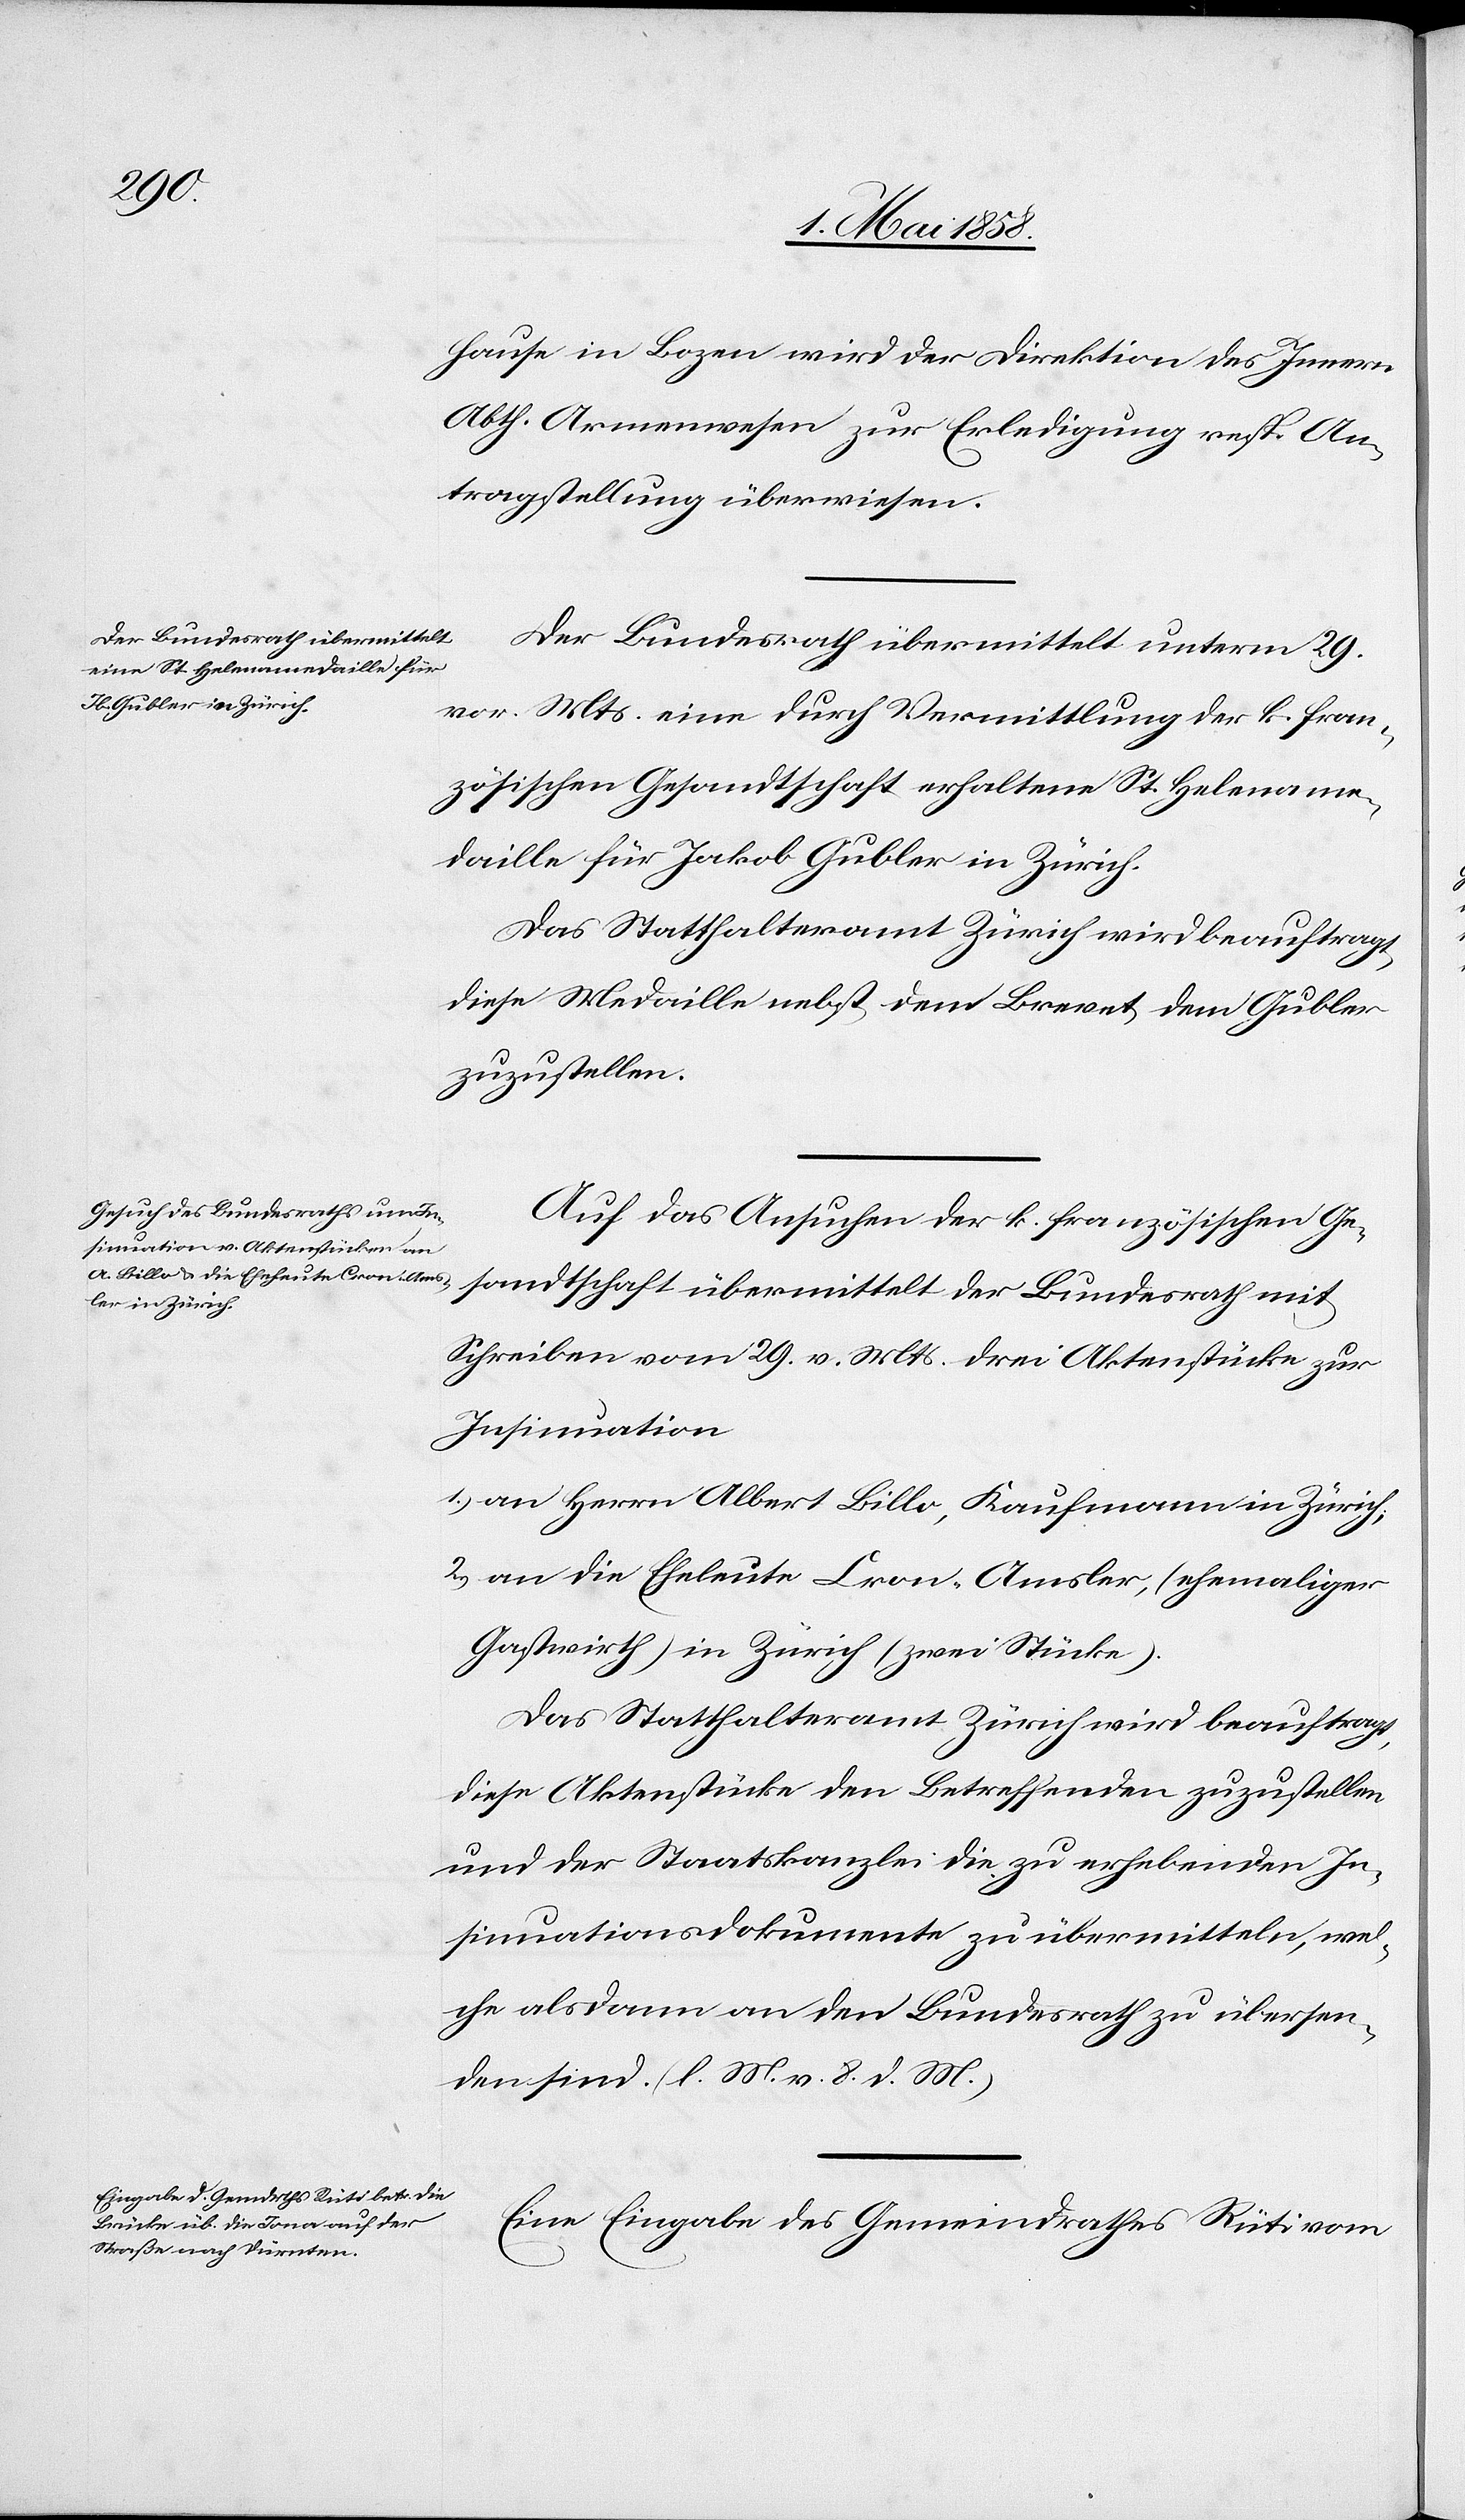
3. Mai 1858.]
hause in Bozen wird der Direktion des Innern
Abth. Armenwesen zur Erledigung resp. An¬
tragstellung überwiesen.
Der Bundesrath übermittelt unterm 29.
vor. Mts. eine durch Vermittlung der k. fran¬
zösischen Gesandtschaft erhaltene St. Helename¬
daille für Jakob Gubler in Zürich.
Das Statthalteramt Zürich wird beauftragt,
diese Medaille nebst dem Brevet dem Gubler
zuzustellen.
Auf das Ansuchen der k. französischen Ge¬
sandtschaft übermittelt der Bundesrath mit
Schreiben vom 29. v.Mts. drei Aktenstücke zur
Insinuation
1) an Herrn Albert Billo, Kaufmann in Zürich,
2) an die Eheleute Cron-Amsler, (ehemaliger
Gastwirth) in Zürich (zwei Stücke).
Das Statthalteramt Zürich wird beauftragt,
diese Aktenstücke den Betreffenden zuzustellen
und der Staatskanzlei die zu erhebenden In¬
sinuationsdokumente zu übermitteln, wel¬
che alsdann an den Bundesrath zu übersen¬
den sind. (l. M. v. 8. d. M.)
Eine Eingabe des Gemeindrathes Rüti vom